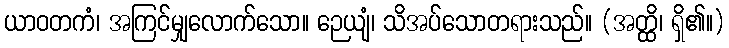
ယာဝတကံ၊ အကြင်မျှလောက်သော။ ဉေယျံ၊ သိအပ်သောတရားသည်။ (အတ္ထိ၊ ရှိ၏။)